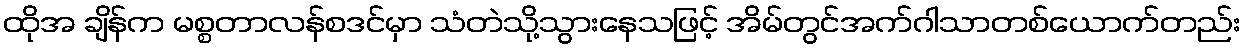
ထိုအ ချိန်က မစ္စတာလန်စဒင်မှာ သံတဲသို့သွားနေသဖြင့် အိမ်တွင်အက်ဂါသာတစ်ယောက်တည်း